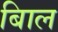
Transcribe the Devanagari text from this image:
बािल